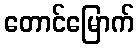
တောင်မြောက်